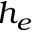
h _ { e }